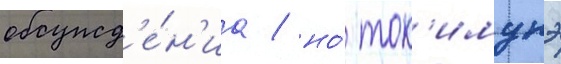
обсужд'е́н'иа / но́ ток'имунэ